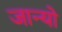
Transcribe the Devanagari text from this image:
जान्यो